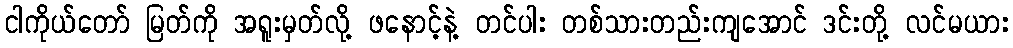
ငါကိုယ်တော် မြတ်ကို အရူးမှတ်လို့ ဖနောင့်နဲ့ တင်ပါး တစ်သားတည်းကျအောင် ဒင်းတို့ လင်မယား